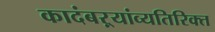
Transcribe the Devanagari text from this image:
कादंबऱ्यांव्यतिरिक्त